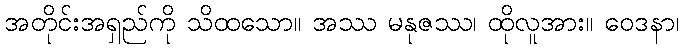
အတိုင်းအရှည်ကို သိထသော။ အဿ မနုဇဿ၊ ထိုလူအား။ ဝေဒနာ၊